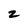
Character: 2